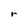
Character: r